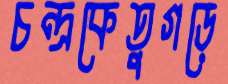
চন্দ্রকেতুগড়ে